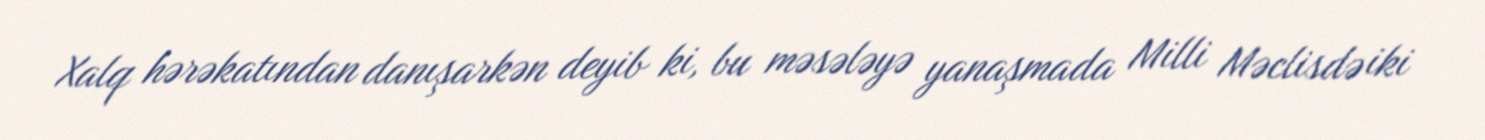
Xalq hərəkatından danışarkən deyib ki, bu məsələyə yanaşmada Milli Məclisdə iki